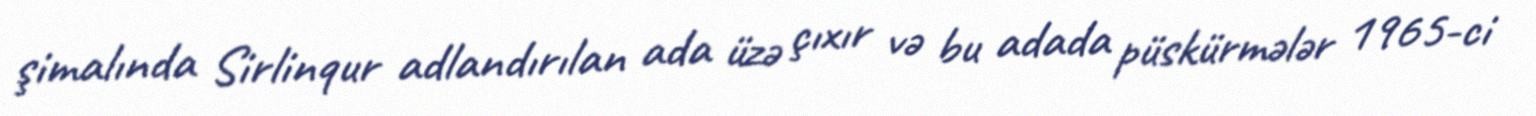
şimalında Sirlinqur adlandırılan ada üzə çıxır və bu adada püskürmələr 1965-ci